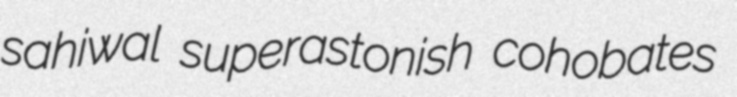
sahiwal superastonish cohobates